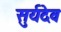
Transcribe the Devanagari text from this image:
सुर्यदेव